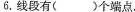
6.线段有( )个端点，